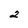
Character: 2